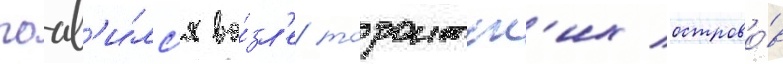
поав'и́лс'я во́зл'е торонтск'их острово́в